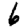
Digit: 6